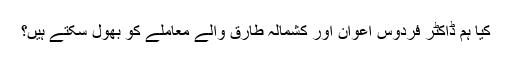
کیا ہم ڈاکٹر فردوس اعوان اور کشمالہ طارق والے معاملے کو بھول سکتے ہیں؟